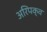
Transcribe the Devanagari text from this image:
अरिपक्व